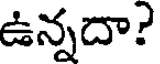
ఉన్నదా?